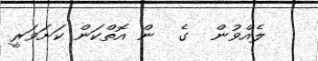
ލެއްވުން  ގެ  ން އޮތްކަން ކަށަވަރީ